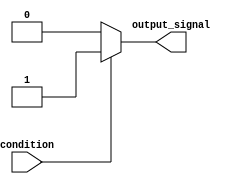
module conditional_statements_example (
    input wire condition,
    output reg output_signal
);

initial begin
    if (condition == 1) begin
        output_signal <= 1;
    end else begin
        output_signal <= 0;
    end
end

endmodule